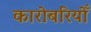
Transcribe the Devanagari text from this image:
कारोबरियोँ